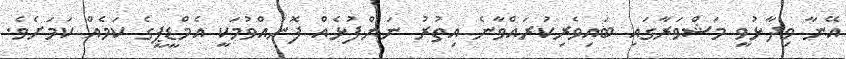
އޭނާ ވިދާޅުވީ މަޝްވަރާގައި ބައިވެރިކުރައްވާނެ އިތުރު ނަންފުޅެއް ފޮނުއްވުމަކީ އެމްޑީޕީގެ ކަމެއް ކަމަށެވެ.